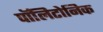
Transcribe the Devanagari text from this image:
पॉलिटोनिक